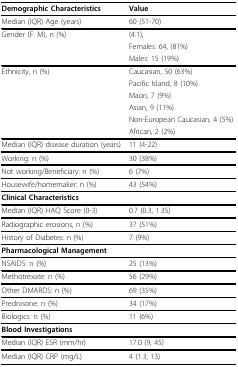
<table><thead><tr><td><b>Demographic Characteristics</b></td><td><b>Value</b></td></tr></thead><tbody><tr><td>Median (IQR) Age (years)</td><td>60 (51-70)</td></tr><tr><td>Gender (F: M), n (%)</td><td>(4:1),</td></tr><tr><td></td><td>Females: 64, (81%)</td></tr><tr><td></td><td>Males: 15 (19%)</td></tr><tr><td>Ethnicity, n (%)</td><td>Caucasian, 50 (63%)</td></tr><tr><td></td><td>Pacific Island, 8 (10%)</td></tr><tr><td></td><td>Maori, 7 (9%)</td></tr><tr><td></td><td>Asian, 9 (11%)</td></tr><tr><td></td><td>Non-European Caucasian, 4 (5%)</td></tr><tr><td></td><td>African, 2 (2%)</td></tr><tr><td>Median (IQR) disease duration (years)</td><td>11 (4-22)</td></tr><tr><td>Working: n (%)</td><td>30 (38%)</td></tr><tr><td>Not working/Beneficiary: n (%)</td><td>6 (7%)</td></tr><tr><td>Housewife/homemaker: n (%)</td><td>43 (54%)</td></tr><tr><td><b>Clinical Characteristics</b></td><td></td></tr><tr><td>Median (IQR) HAQ Score (0-3)</td><td>0.7 (0.3, 1.35)</td></tr><tr><td>Radiographic erosions, n (%)</td><td>37 (51%)</td></tr><tr><td>History of Diabetes: n (%)</td><td>7 (9%)</td></tr><tr><td><b>Pharmacological Management</b></td><td></td></tr><tr><td>NSAIDS: n (%)</td><td>25 (13%)</td></tr><tr><td>Methotrexate: n (%)</td><td>56 (29%)</td></tr><tr><td>Other DMARDS: n (%)</td><td>69 (35%)</td></tr><tr><td>Prednisone: n (%)</td><td>34 (17%)</td></tr><tr><td>Biologics: n (%)</td><td>11 (6%)</td></tr><tr><td><b>Blood Investigations</b></td><td></td></tr><tr><td>Median (IQR) ESR (mm/hr)</td><td>17.0 (9, 45)</td></tr><tr><td>Median (IQR) CRP (mg/L)</td><td>4 (1.3; 13)</td></tr></tbody></table>